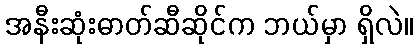
အနီးဆုံးဓာတ်ဆီဆိုင်က ဘယ်မှာ ရှိလဲ။